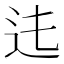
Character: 𨑞